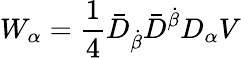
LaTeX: W_{\alpha}=\frac 14\bar{D}_{\dot{\beta}}\bar{D}^{\dot{\beta}}D_{\alpha}V